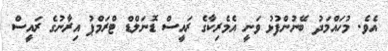
އެވެ. މުހައްމަދު ބޭނުންފުޅު ވަނީ އެމެރިކާގެ ރައީސް ޑޮނަލްޑް ޓްރަމްޕު އިރާނުގެ ރައީސް